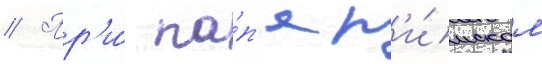
// Пр'и́ па́п'е р'и́мском